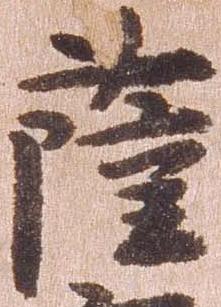
薩